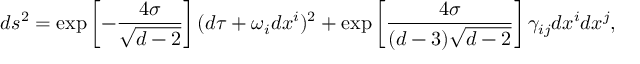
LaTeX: d s ^ { 2 } = \exp \left[ - \frac { 4 \sigma } { \sqrt { d - 2 } } \right] ( d \tau + \omega _ { i } d x ^ { i } ) ^ { 2 } + \exp \left[ \frac { 4 \sigma } { ( d - 3 ) \sqrt { d - 2 } } \right] \gamma _ { i j } d x ^ { i } d x ^ { j } ,